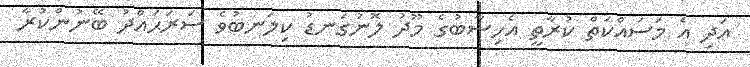
އަދި އެ މަސައްކަތް ކުރާތީ އެހިސާބުގެ މޫދު ލޮނުގަނޑު ކިލަނބުވެ ސަރަޙައްދު ބޭނުންކުރާ